Report of the Bombay Veterinary College
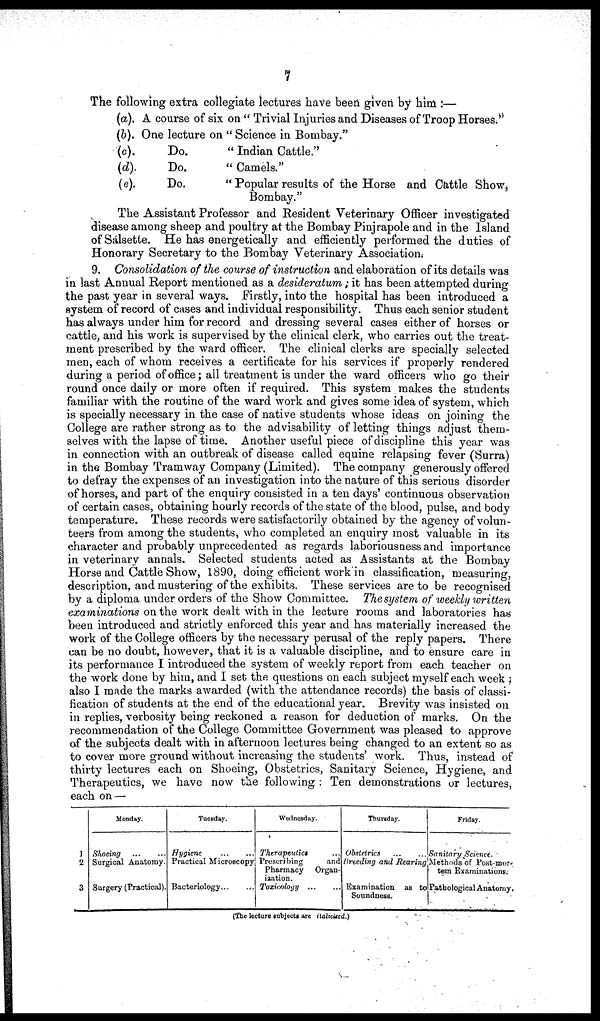
7
The following extra collegiate lectures have been given by him :—
(a). A course of six on " Trivial Injuries and Diseases of Troop Horses."
(b). One lecture on " Science in Bombay."
(c).
Do.
" Indian Cattle."
(d).
Do.
" Camels."
(e).
Do.
" Popular results of the Horse and Cattle Show,
Bombay."
The Assistant Professor and Resident Veterinary Officer investigated
disease among sheep and poultry at the Bombay Pinjrapole and in the Island
of Sálsette. He has energetically and efficiently performed the duties of
Honorary Secretary to the Bombay Veterinary Association.
9. Consolidation of the course of instruction and elaboration of its details was
in last Annual Report mentioned as a desideratum ; it has been attempted during
the past year in several ways. Firstly, into the hospital has been introduced a
system of record of cases and individual responsibility. Thus each senior student
has always under him for record and dressing several cases either of horses or
cattle, and his work is supervised by the clinical clerk, who carries out the treat-
ment prescribed by the ward officer. The clinical clerks are specially selected
men, each of whom receives a certificate for his services if properly rendered
during a period of office; all treatment is under the ward officers who go their
round once daily or more often if required. This system makes the students
familiar with the routine of the ward work and gives some idea of system, which
is specially necessary in the case of native students whose ideas on joining the
College are rather strong as to the advisability of letting things adjust them-
selves with the lapse of time. Another useful piece of discipline this year was
in connection with an outbreak of disease called equine relapsing fever (Surra)
in the Bombay Tramway Company (Limited). The company generously offered
to defray the expenses of an investigation into the nature of this serious disorder
of horses, and part of the enquiry consisted in a ten days' continuous observation
of certain cases, obtaining hourly records of the state of the blood, pulse, and body
temperature. These records were satisfactorily obtained by the agency of volun-
teers from among the students, who completed an enquiry most valuable in its
character and probably unprecedented as regards laboriousness and importance
in veterinary annals. Selected students acted as Assistants at the Bombay
Horse and Cattle Show, 1890, doing efficient work in classification, measuring,
description, and mustering of the exhibits. These services are to be recognised
by a diploma under orders of the Show Committee. Thesystem of weekly written
examinations on the work dealt with in the lecture rooms and laboratories has
been introduced and strictly enforced this year and has materially increased the
work of the College officers by the necessary perusal of the reply papers. There
can be no doubt, however, that it is a valuable discipline, and to ensure care in
its performance I introduced the system of weekly report from each teacher on
the work done by him, and I set the questions on each subject myself each week
also I made the marks awarded (with the attendance records) the basis of classi-
fication of students at the end of the educational year. Brevity was insisted on
in replies, verbosity being reckoned a reason for deduction of marks. On the
recommendation of the College Committee Government was pleased to approve
of the subjects dealt with in afternoon lectures being changed to an extent so as
to cover more ground without increasing the students' work. Thus, instead of
thirty lectures each on Shoeing, Obstetrics, Sanitary Science, Hygiene, and
Therapeutics, we have now the following : Ten demonstrations or lectures,
each on—
1
2
3
Monday.
Shocing
...
...
Surgical Anatomy.
Surgery (Practical).
Tuesday.
Hygiene
...
...
Practical Microscopy
Bacteriology...
...
Wednesday.
Therapeutics
Prescribing
and
Pharmacy Organ-
isation.
Toxicology
...
...
Thursday.
Obstetrics
...
...
Breeding and Rearing
Examination as to
Soundness.
Friday.
Sanitary Science.
Methods of Post-mor¬
tern Examinations:
Pathological Anatomy.
(The lecture subjects are italicised.)